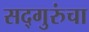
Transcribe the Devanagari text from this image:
सद्गुरुंचा